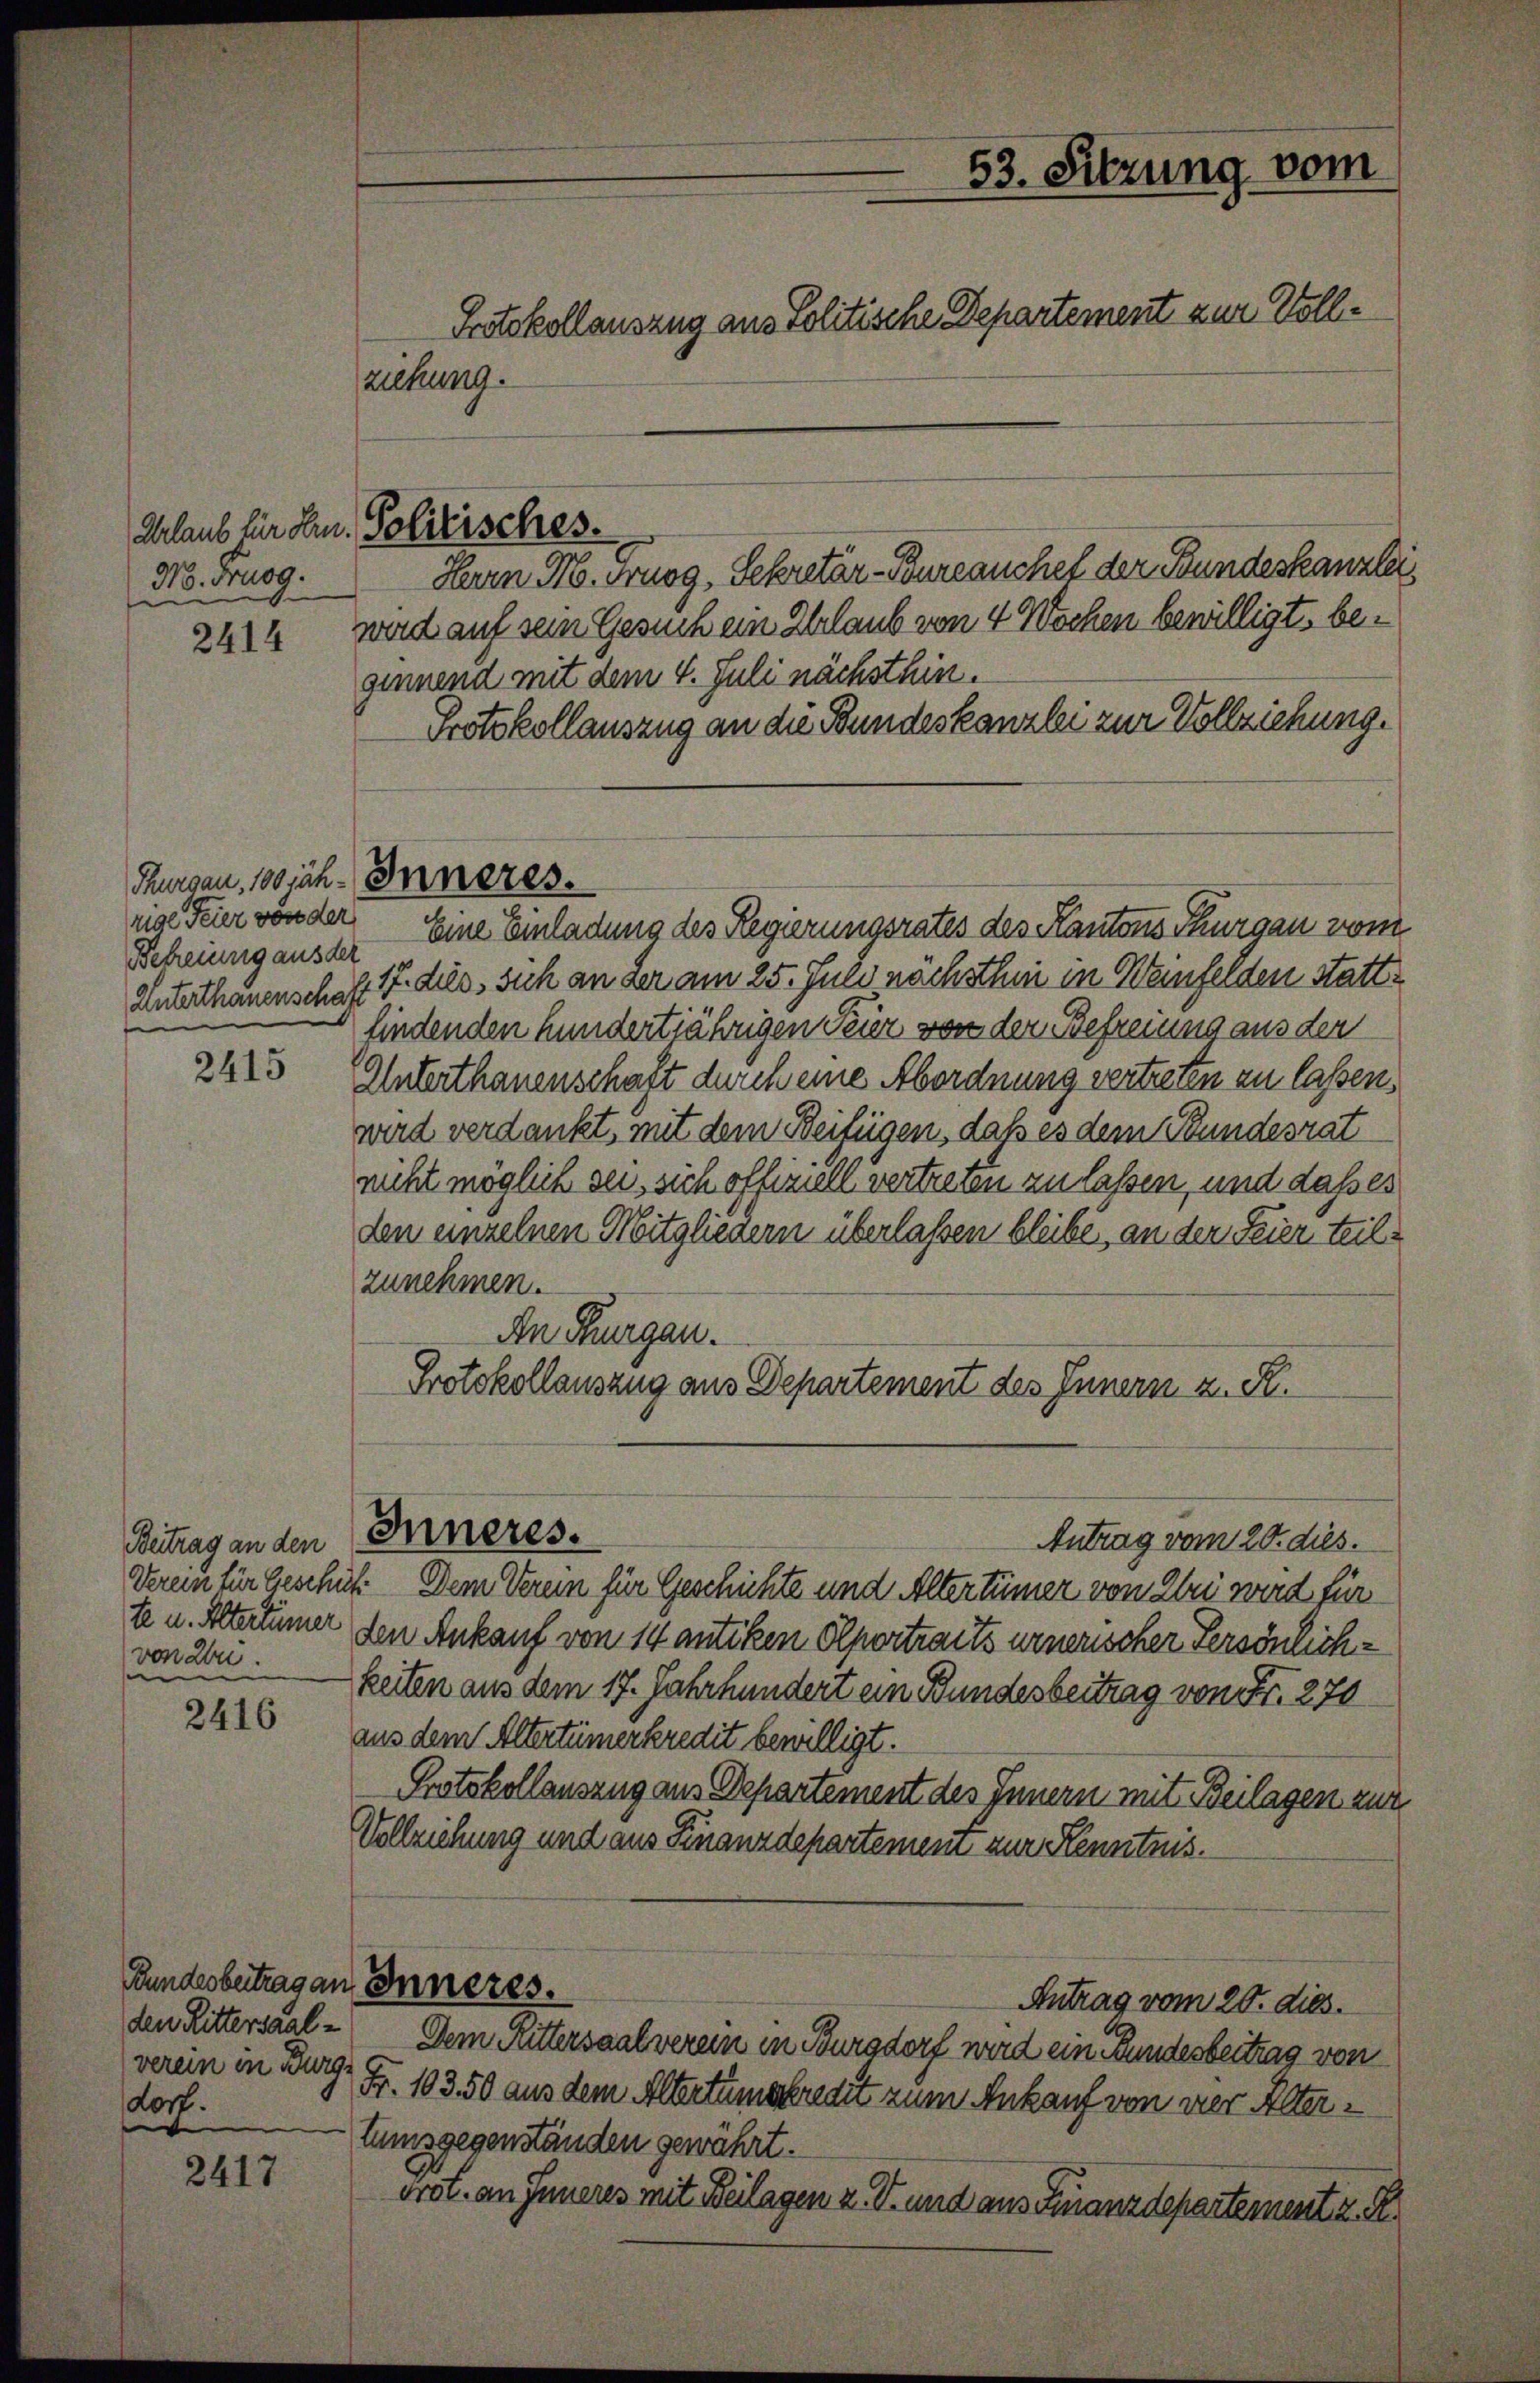
Mo. Prusg.
2414

rige Feier von der
Befreiung aus der
Unterthauenschaft

2415

von Lon.
e

2416

dorf.

2417

53. Sitzung vom
Protokollauszug aus Politische Departement zur Vollziehung.

Urlaub für der Politisches.

Thurgau, 100jäh- Inneres.

Herrn M. Trugg, Sekretär-Bureauchet der Stundeskanzlei
wird auf sein Gesuch ein Erlaub von 4 Wochen bewilligt, beginnend mit dem 4. Juli nächsthin.
Protokollauszug an die Bundeskanzlei zur Vollziehung.
Eine Einladung des Regierungsrates des Kantons Thurgau vom
17. dies sich an der am 25. Juli nächsthin in Weinfelden stattfindenden hundertjährigen Feier von der Befreiung aus der
Unterthanenschaft durch eine Abordnung vertreten zu lassen,
wird verdankt, mit dem Beifügen, daß es dem Bundesrat
nicht möglich sei, sich offiziell vertreien zu laßen, und dasses
den einzelnen Mitgliedern überlassen bleibe, an der Feier teilzunehmen.
An Thurgau.
Protokollauszug aus Departement des Innern z. R.
Betrag an den Inneres.
Antrag vom 20. dies.
Verein für Geschüt Dem Verein für Geschichte und Altertümer von Klei wird für
te u. Altertümer den Ankauf von 14 antiken Olportraits unerischer Persönlichkeiten aus dem 17. Jahrhundert ein Bundesbeitrag von Fr. 270
aus dem Altertümerkredit bewilligt.
Protokollauszug aus Departement des Innern mit Beilagen zum
Vollziehung und aus Finanzdepartement zur Kenntnis.
Bundesbeitrag an Inneres.
Antrag vom 20. dies
den Rittersaal - Dem Rittersaal verein in Burgdorf wird ein Bundesbeitrag von
verein in Zug, Fr. 103. 50 aus dem Altertumskredit zum Ankauf von der Altertumsgegenständen gewährt.
drot. an Inneres mit Beilagen z. B. und aus Finanzdepartement z. S.